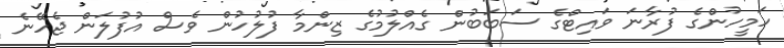
ހަމީހުންގެ ފުރާނަ ވައިޓްގެ ސަބަބުން ގެއްލުމުގެ ޒިންމާ ފުލުހުން ވެސް އުފުލަން ޖެހޭނެ